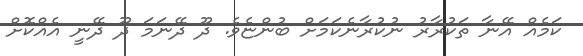
ކަމެއް އޭނާ ތަކުރާރު ނުކުރާނެކަމަށް ބުންޏެވެ. ދޫ ދޭނަމަ ދޫ ދޭނީ އެއްކޮށް